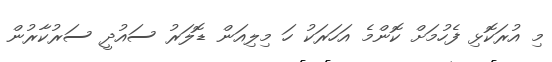
މި އުރަކޮޅި ފެހުމަށް ކޮންމެ އަހަރަކު ހަ މިލިއަން ޑޮލަރު ސައުދީ ސަރުކާރުން